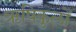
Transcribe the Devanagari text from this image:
ऋषिकुलों